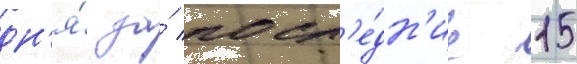
дн'я́ за́ посл'е́дн'ие 15